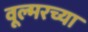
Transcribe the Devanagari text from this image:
वूल्मरच्या